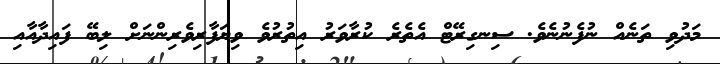
މަދުވި ތަނެއް ނުފެނުނެވެ. ސިނގިރޭޓް އެތެރެ ކުރާވަރު އިތުރުވެ ވިޔަފާރިވެރިންނަށް ލިބޭ ފައިދާއާއި